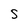
Character: S